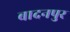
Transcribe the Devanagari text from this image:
बादनपुर